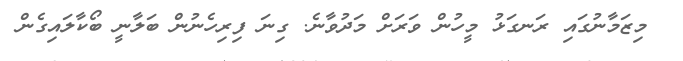
މިޒަމާނުގައި ރަނގަޅު މީހުން ވަރަށް މަދުވާނެ. ގިނަ ފިރިހެނުން ބަލާނީ ބޯކާލައިގެން